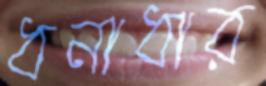
ধনাধার